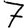
Digit: 7